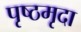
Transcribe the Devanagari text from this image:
पृष्ठमृदा